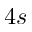
4 s